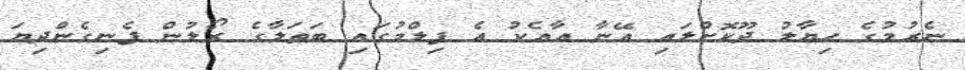
ނެރުމުގެ ހިޔާލު ދޫކޮށްލައި އޭނާ އާއެކު އެ ފިލްމުގައި ބަތަލާގެ ރޯލުން ފެނިގެންދިޔަ